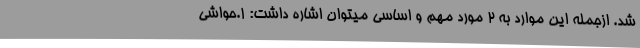
شد. ازجمله این موارد به ۲ مورد مهم و اساسی میتوان اشاره داشت: ۱.حواشی